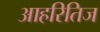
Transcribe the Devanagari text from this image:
आहरितिज